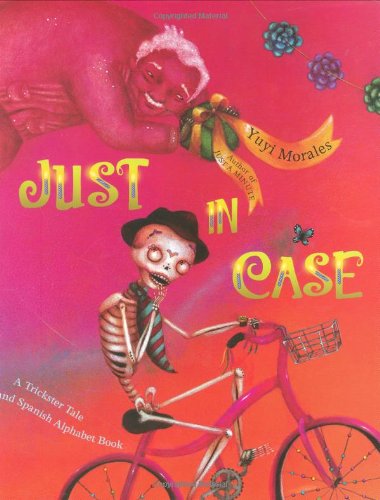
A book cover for Just In Case: A Trickster Tale and Spanish Alphabet Book; Yuyi Morales; Children's Books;